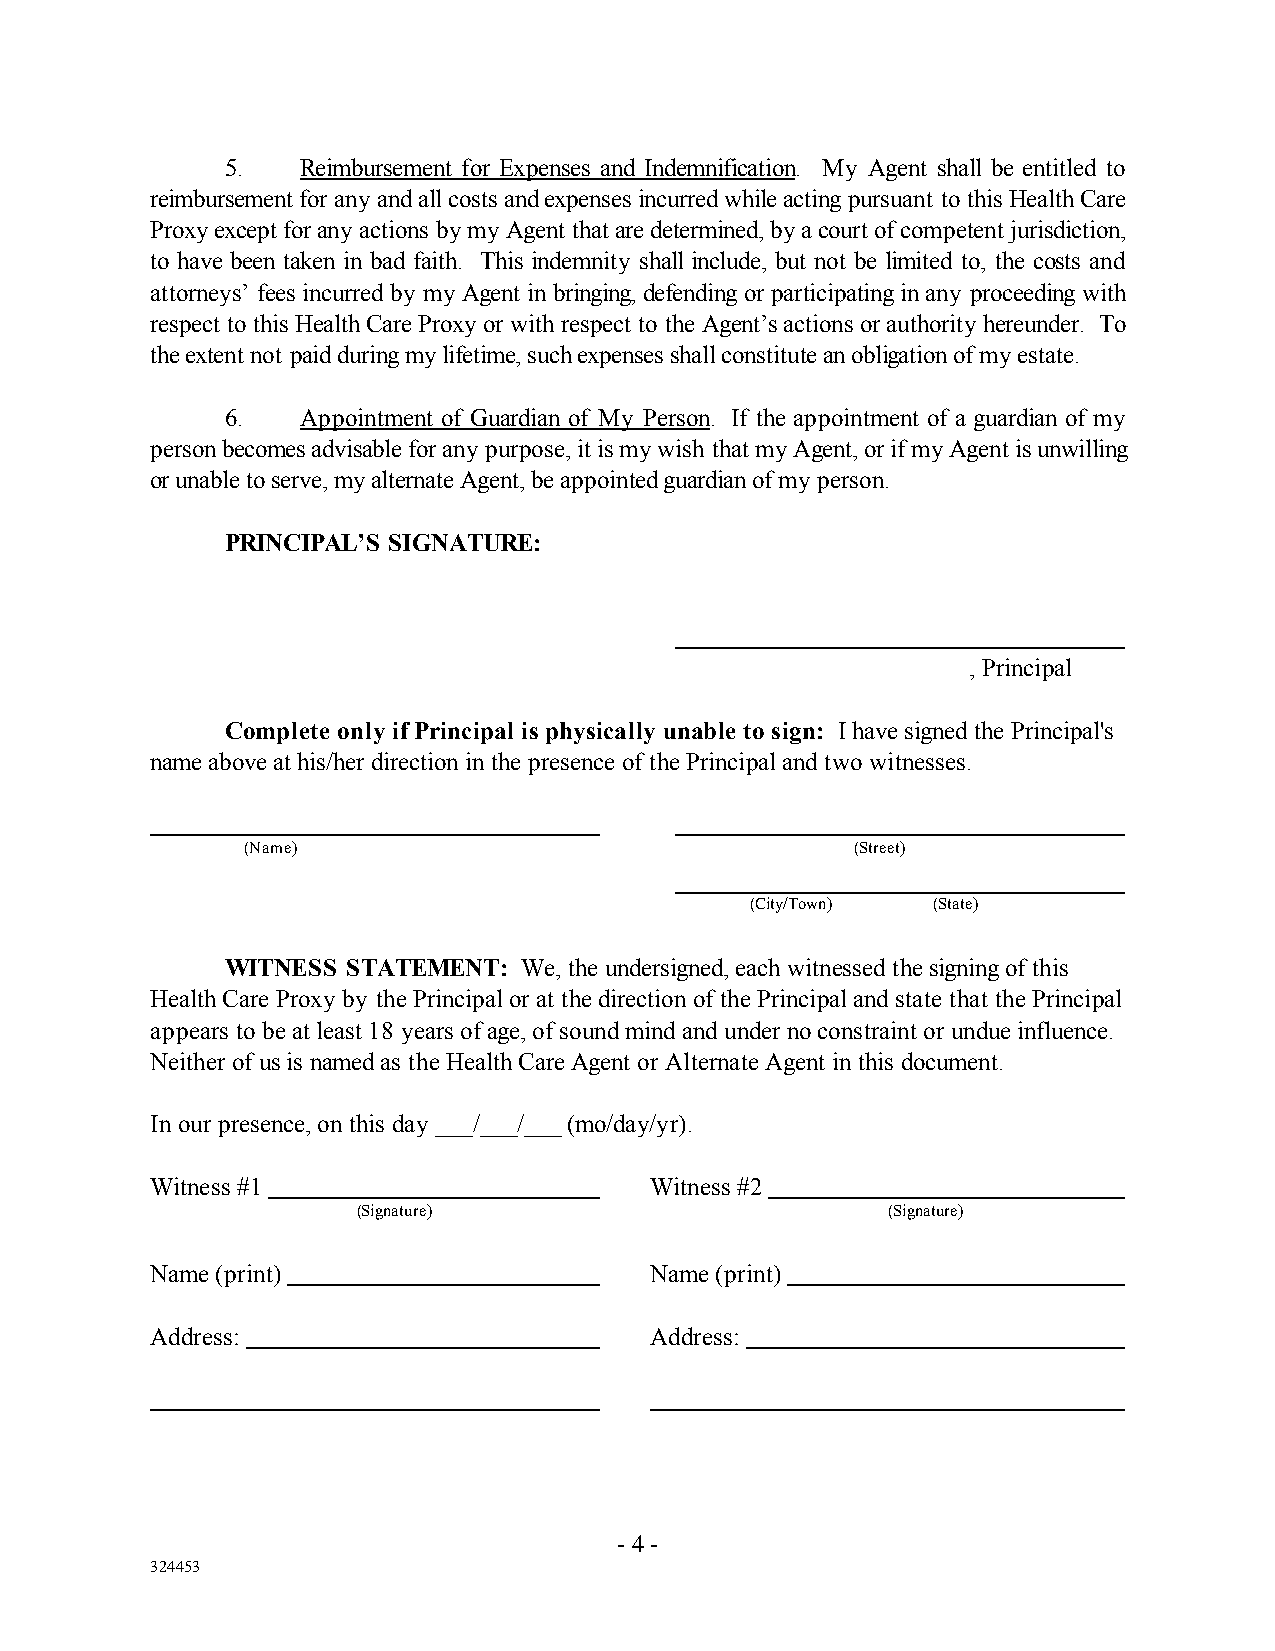
5.   Reimbursement for Expenses and Indemnification. My Agent shall be entitled to
 reimbursement for any and all costs and expenses incurred while acting pursuant to this Health Care
 Proxy except for any actions by my Agent that are determined, by a court of competent jurisdiction,
 to have been taken in bad faith. This indemnity shall include, but not be limited to, the costs and
 attorneys’ fees incurred by my Agent in bringing, defending or participating in any proceeding with
 respect to this Health Care Proxy or with respect to the Agent’s actions or authority hereunder. To
 the extent not paid during my lifetime, such expenses shall constitute an obligation of my estate.
 6.   Appointment of Guardian of My Person. If the appointment of a guardian of my
 person becomes advisable for any purpose, it is my wish that my Agent, or if my Agent is unwilling
 or unable to serve, my alternate Agent, be appointed guardian of my person.
 PRINCIPAL’S SIGNATURE:
 , Principal
 Complete only if Principal is physically unable to sign: I have signed the Principal's
 name above at his/her direction in the presence of the Principal and two witnesses.
 (Name)                                   (Street)
 (City/Town) (State)
 WITNESS STATEMENT:  We, the undersigned, each witnessed the signing of this
 Health Care Proxy by the Principal or at the direction of the Principal and state that the Principal
 appears to be at least 18 years of age, of sound mind and under no constraint or undue influence.
 Neither of us is named as the Health Care Agent or Alternate Agent in this document.
 In our presence, on this day ___/___/___ (mo/day/yr).
 Witness #1                       Witness #2
 (Signature)                        (Signature)
 Name (print)                     Name (print)
 Address:                         Address:
 - 4 -
 324453